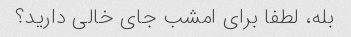
بله، لطفا برای امشب جای خالی دارید؟